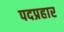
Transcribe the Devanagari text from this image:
पदप्रहार